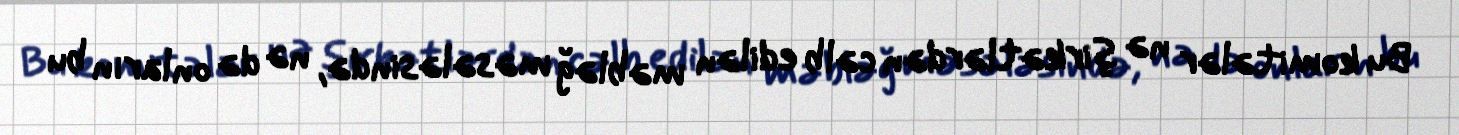
Bu komitələr nə şirkətlərdən cəlb edilən məbləğ məsələsində, nə də onların bu